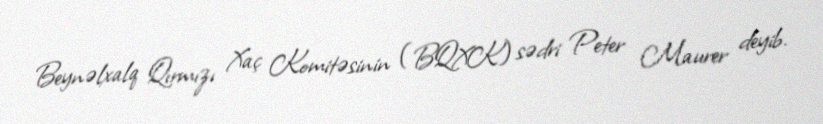
Beynəlxalq Qırmızı Xaç Komitəsinin (BQXK) sədri Peter Maurer deyib.